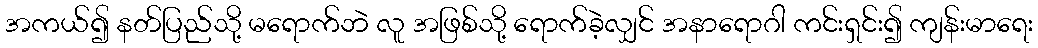
အကယ်၍ နတ်ပြည်သို့ မရောက်ဘဲ လူ အဖြစ်သို့ ရောက်ခဲ့လျှင် အနာရောဂါ ကင်းရှင်း၍ ကျန်းမာရေး